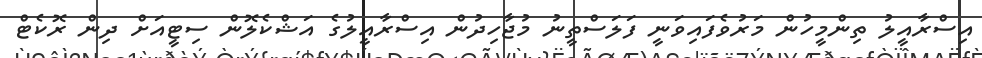
އިސްރާއީލު ތިންމީހުން މަރުވެފައިވަނީ ފަލަސްތީނު މުޖާހިދުން އިސްރާއީލުގެ އަޝްކެލޮން ސިޓީއަށް ދިން ރޮކެޓް